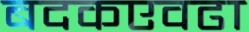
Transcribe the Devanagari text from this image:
बदकएवढा